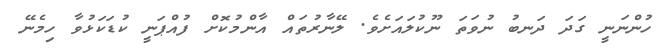
ހުންނަނީ ގަދަ ދަނބު ނުވަތަ ނޫކުލައަށެވެ. ލޭނާރުތައް އާންމުކޮށް ފުއްޕަނީ ކުޑަކަޅުވާ ހިމެނޭ